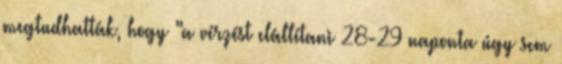
megtudhatták, hogy "a vérzést elállítani 28-29 naponta úgy sem